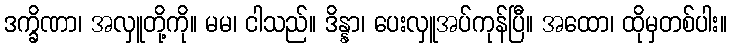
ဒက္ခိဏာ၊ အလှူတို့ကို။ မမ၊ ငါသည်။ ဒိန္နာ၊ ပေးလှူအပ်ကုန်ပြီ။ အထော၊ ထိုမှတစ်ပါး။